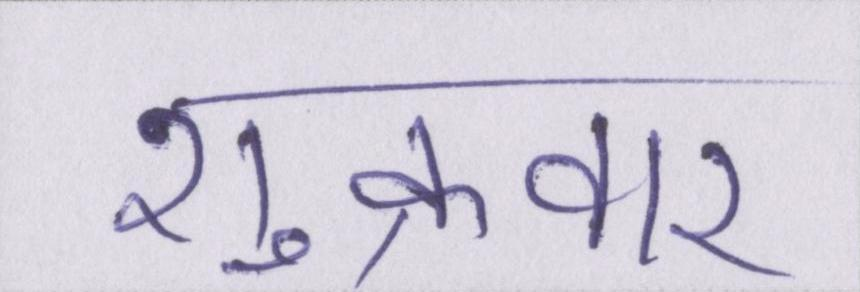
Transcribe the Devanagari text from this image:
शुक्रवार